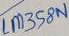
Text: LM358N